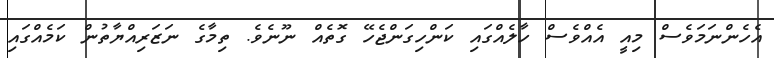
އެހެންނަމަވެސް މިއީ އެއްވެސް ހާލެއްގައި ކަންހިގަންޖެހޭ ގޮތެއް ނޫނެވެ. ތިމާގެ ނަޒަރިއްޔާތުން ކަމެއްގައި